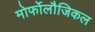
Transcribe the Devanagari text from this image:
मोर्फोलौजिकल